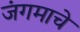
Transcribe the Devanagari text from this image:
जंगमाचे